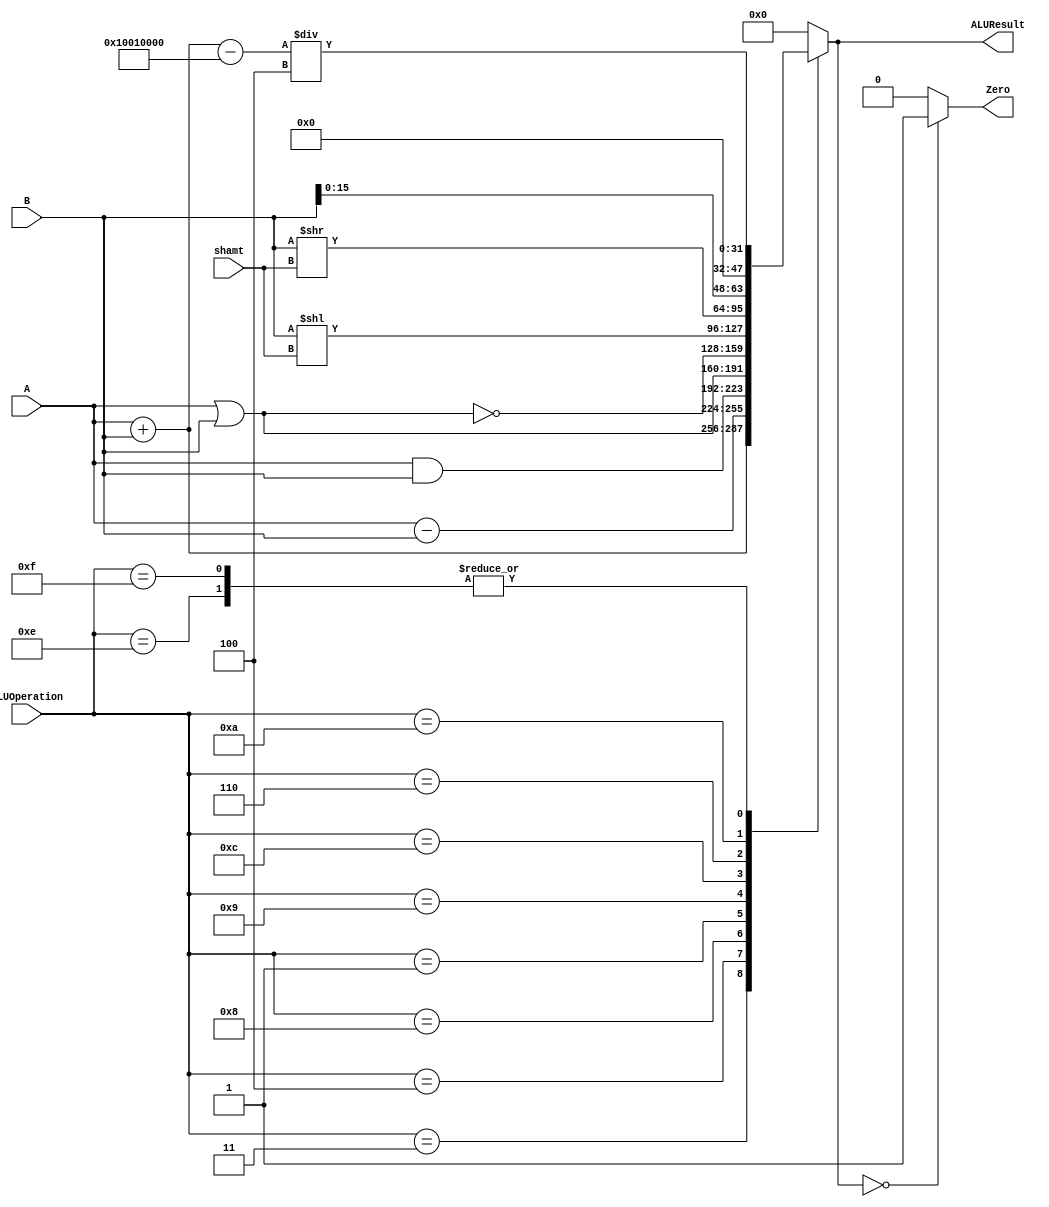
/******************************************************************
* Description
*	This is an 32-bit arithetic logic unit that can execute the next set of operations:
*		add
*		sub
*		or
*		and
*		nor
* This ALU is written by using behavioral description.
* Version:
*	1.0
* Author:
*	Dr. Jos Luis Pizano Escalante
* email:
*	luispizano@iteso.mx
* Date:
*	01/03/2014
******************************************************************/

module ALU 
(
	input [3:0] ALUOperation,
	input [31:0] A,
	input [31:0] B,
	input [4:0] shamt,
	output reg Zero,
	output reg [31:0]ALUResult
);

localparam ADD = 4'b0011; //ADDI
localparam SUB = 4'b0100;
localparam AND = 4'b1000;
localparam OR  = 4'b0001; //ORI
localparam NOR = 4'b1001;
localparam SLL = 4'b1100;
localparam SRL = 4'b0110;
localparam LUI = 4'b1010;
localparam LW  = 4'b1110; //LW
localparam SW  = 4'b1111; //SW
   
   always @ (A or B or ALUOperation)
     begin
		case (ALUOperation)
		  ADD: // add
			ALUResult=A + B;
		  SUB: // sub
			ALUResult=A - B;
		  AND: //and
			ALUResult= A & B;
		  OR:	 //or
		   ALUResult = A|B;
		  NOR: //nor
		   ALUResult = ~(A|B);
		  SLL: //sll
			ALUResult = B << shamt;
		  SRL: //srl
		   ALUResult = B >> shamt; 
		  LUI: //Lui
		   ALUResult = {B[15:0], 16'b0};
		  LW:  //LW
			ALUResult = (( A + B ) - 32'h1001_0000 ) / 4; 
		  SW:  //SW
		   ALUResult = (( A + B ) - 32'h1001_0000 ) / 4; 
		default:
			ALUResult= 0;
		endcase // case(control)
		Zero = (ALUResult==0) ? 1'b1 : 1'b0;
     end // always @ (A or B or control)
endmodule // ALU